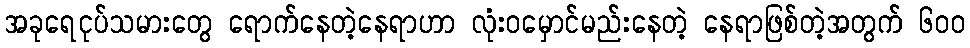
အခုရေငုပ်သမားတွေ ရောက်နေတဲ့နေရာဟာ လုံးဝမှောင်မည်းနေတဲ့ နေရာဖြစ်တဲ့အတွက် ၆၀၀